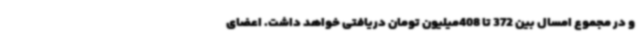
و در مجموع امسال بین 372 تا 408میلیون تومان دریافتی خواهد داشت. اعضای